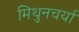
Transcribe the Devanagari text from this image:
मिथुनचर्या